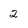
Character: 2